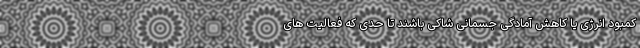
کمبود انرژی یا کاهش آمادگی جسمانی شاکی باشند تا حدی که فعالیت های